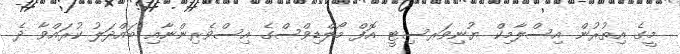
މީގެ އިތުރުން އިސްލާމިކް ޔުނިވަރސިޓީ އޮފް މޯލްޑިވްސްގެ އިސްވެރިންނާއި ބައްދަލު ކުރައްވާ ދެ